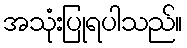
အသုံးပြုရပါသည်။